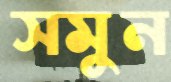
সমুন